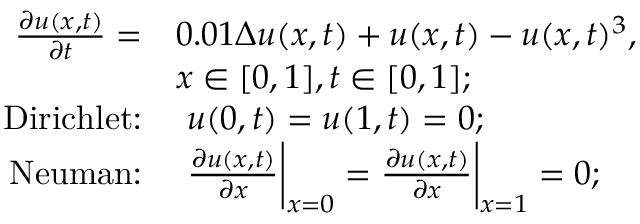
\begin{array} { r l } { \frac { \partial u ( x , t ) } { \partial t } = } & { 0 . 0 1 \Delta u ( x , t ) + u ( x , t ) - u ( x , t ) ^ { 3 } , } \\ & { x \in [ 0 , 1 ] , t \in [ 0 , 1 ] ; } \\ { \operatorname { D i r i c h l e t : } } & { \ u ( 0 , t ) = u ( 1 , t ) = 0 ; } \\ { \operatorname { N e u m a n : } } & { \ \frac { \partial u ( x , t ) } { \partial x } \bigg | _ { x = 0 } = \frac { \partial u ( x , t ) } { \partial x } \bigg | _ { x = 1 } = 0 ; } \end{array}